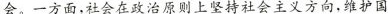
会。一方面，社会在政治原则上坚持社会主义方向，维护国